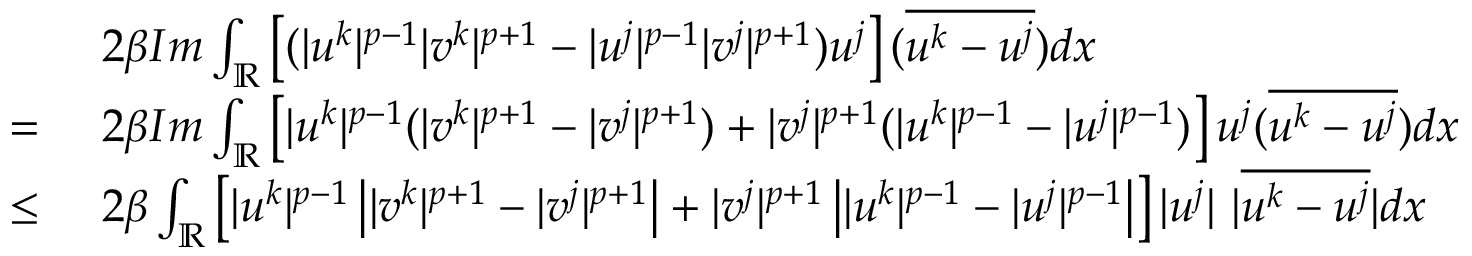
\begin{array} { r l } & { 2 \beta I m \int _ { \mathbb { R } } \left[ ( | u ^ { k } | ^ { p - 1 } | v ^ { k } | ^ { p + 1 } - | u ^ { j } | ^ { p - 1 } | v ^ { j } | ^ { p + 1 } ) u ^ { j } \right] ( \overline { { u ^ { k } - u ^ { j } } } ) d x } \\ { = \ } & { 2 \beta I m \int _ { \mathbb { R } } \left[ | u ^ { k } | ^ { p - 1 } ( | v ^ { k } | ^ { p + 1 } - | v ^ { j } | ^ { p + 1 } ) + | v ^ { j } | ^ { p + 1 } ( | u ^ { k } | ^ { p - 1 } - | u ^ { j } | ^ { p - 1 } ) \right] u ^ { j } ( \overline { { u ^ { k } - u ^ { j } } } ) d x } \\ { \leq \ } & { 2 \beta \int _ { \mathbb { R } } \left[ | u ^ { k } | ^ { p - 1 } \left| | v ^ { k } | ^ { p + 1 } - | v ^ { j } | ^ { p + 1 } \right| + | v ^ { j } | ^ { p + 1 } \left| | u ^ { k } | ^ { p - 1 } - | u ^ { j } | ^ { p - 1 } \right| \right] | u ^ { j } | \ | \overline { { u ^ { k } - u ^ { j } } } | d x } \end{array}